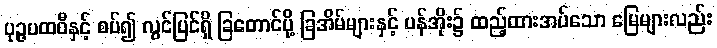
ပုဉ္ဇပထဝီနှင့် စပ်၍ လွင်ပြင်ရှိ ခြတောင်ပို့ ခြအိမ်များနှင့် ပန်အိုး၌ ထည့်ထားအပ်သော မြေများလည်း